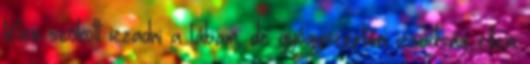
télen szokott izzadni a lábam, de gyógyszertári izzadság elleni